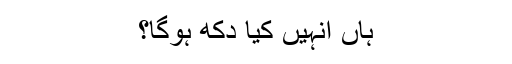
ہاں انہیں کیا دکھ ہوگا؟